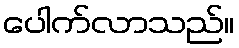
ပေါက်လာသည်။